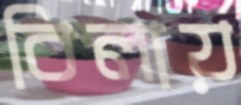
বিলায়